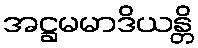
အဋ္ဌမမာဒိယန္တိ